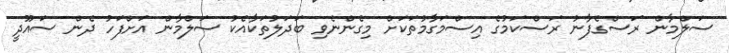
ސަލްމާން ރަސްގެފާނު ރަސްކަމުގެ އިސްމަގާމުތަކަށް މިގެންނެވި ބަދަލުތަކާއެކު ސަލްމާން އަށްފަހު ދެން ސައޫދީ